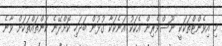
މި އިވެންޓްތަކަކީ ނޫސްވެރިން އެކަކު އަނެކަކާ ގުޅުން ބަދަހި ކޮށްދޭނެ ކަންތައްތަކަށް ވާނެ